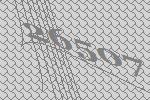
26507